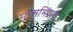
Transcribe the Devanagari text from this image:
मूलाभिप्राय